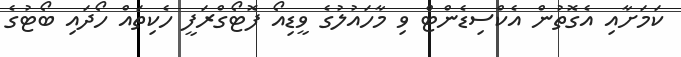
ކަަމަށާއި އެގޮތުން އެކްސިޑެންޓް ވި މާހައުލުގެ ވީޑިއޯ ފޮޓޯގްރަފީ ހެކިތައް ހޯދައި ބޯޓުގެ